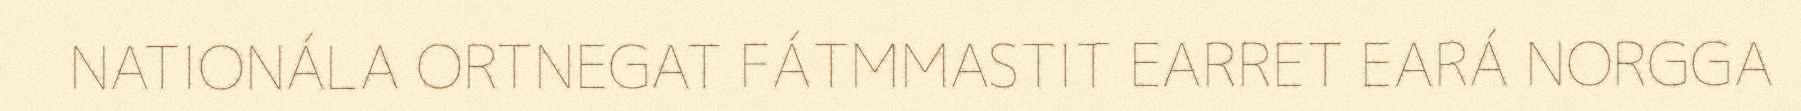
NATIONÁLA ORTNEGAT FÁTMMASTIT EARRET EARÁ NORGGA